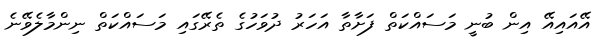
އޭއައިއޭ އިން ބުނީ މަސައްކަތް ފަށާތާ އަހަރު ދުވަހުގެ ތެރޭގައި މަސައްކަތް ނިންމާލެވޭނެ